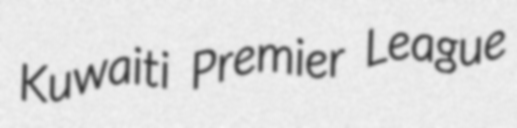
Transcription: Kuwaiti Premier League